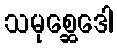
သမုစ္ဆေဒေါ